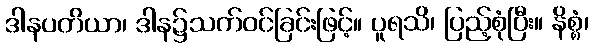
ဒါနပတိယာ၊ ဒါန၌သက်ဝင်ခြင်းဖြင့်။ ပူရသိ၊ ပြည့်စုံပြီး။ နိစ္စံ၊